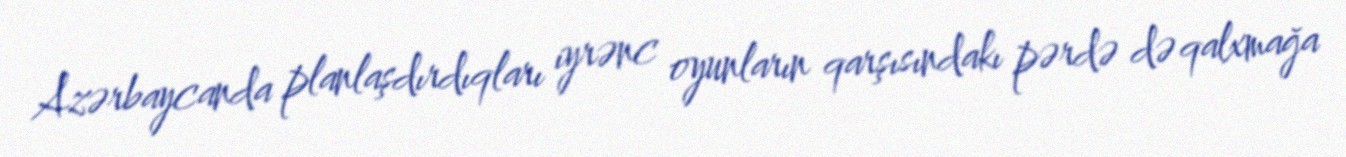
Azərbaycanda planlaşdırdıqları iyrənc oyunların qarşısındakı pərdə də qalxmağa